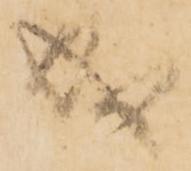
成